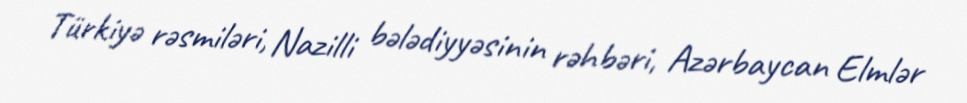
Türkiyə rəsmiləri, Nazilli bələdiyyəsinin rəhbəri, Azərbaycan Elmlər